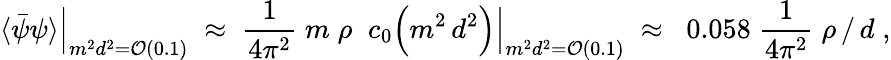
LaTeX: \langle\bar{\psi}\psi\rangle\Big|_{m^{2}d^{2}={\cal O}(0.1)}\; \approx\; \frac{1}{4\pi^{2}}\; m\; \rho\; \; c_{0}\Bigl(m^{2}\, d^{2}\Bigr)\Big|_{m^{2}d^{2}={\cal O}(0.1)}\; \approx\; \; 0.058\; \frac{1}{4\pi^{2}}\; \rho\, /\, d\; ,